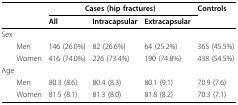
|  | <COLSPAN=3> Cases (hip fractures) | Controls |
 |  | All | Intracapsular | Extracapsular |  |
 | --- | --- | --- | --- | --- |
 | Sex |  |  |  |  |
 | Men | 146 (26.0%) | 82 (26.6%) | 64 (25.2%) | 365 (45.5%) |
 | Women | 416 (74.0%) | 226 (73.4%) | 190 (74.8%) | 438 (54.5%) |
 | Age |  |  |  |  |
 | Men | 80.3 (8.6) | 80.4 (8.3) | 80.1 (9.1) | 70.9 (7.6) |
 | Women | 81.5 (8.1) | 81.3 (8.0) | 81.8 (8.2) | 70.3 (7.1) |